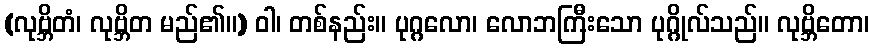
(လုဗ္ဘိတံ၊ လုဗ္ဘိတ မည်၏။) ဝါ၊ တစ်နည်း။ ပုဂ္ဂလော၊ လောဘကြီးသော ပုဂ္ဂိုလ်သည်။ လုဗ္ဘိတော၊